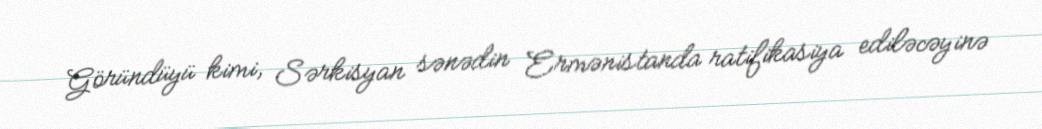
Göründüyü kimi, Sərkisyan sənədin Ermənistanda ratifikasiya ediləcəyinə